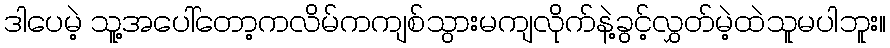
ဒါပေမဲ့ သူ့အပေါ်တော့ကလိမ်ကကျစ်သွားမကျလိုက်နဲ့ခွင့်လွှတ်မဲ့ထဲသူမပါဘူး။